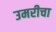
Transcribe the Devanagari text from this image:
उमरीचा